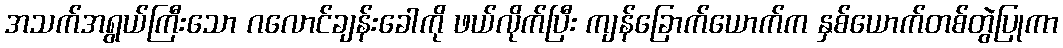
အသက်အရွယ်ကြီးသော ဂလောင်ချန်းခေါကို ဖယ်လိုက်ပြီး ကျန်ခြောက်ယောက်က နှစ်ယောက်တစ်တွဲပြုကာ